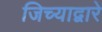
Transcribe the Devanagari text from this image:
जिच्याद्वारे